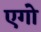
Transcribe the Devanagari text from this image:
एगो